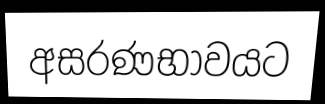
අසරණභාවයට